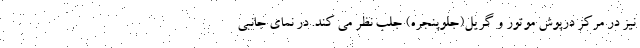
نیز در مرکز درپوش موتور و گریل(جلوپنجره) جلب نظر می کند. در نمای جانبی